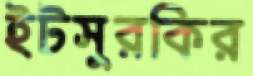
ইটসুরকির